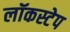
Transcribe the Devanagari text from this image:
लॉकस्टेप